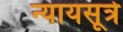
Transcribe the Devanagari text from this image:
न्यायसूत्रे